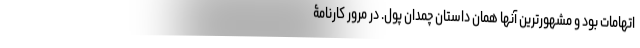
اتهامات بود و مشهورترین آنها همان داستان چمدان پول. در مرور کارنامۀ